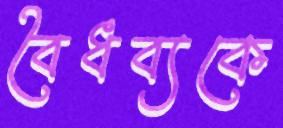
বৈধব্যকে